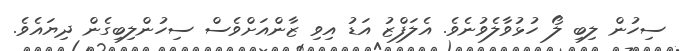
ސިހުން ލިބި ލޯ ހުޅުވާލެވުނެވެ. އެލަފްޒު އަޑު އިވި ޒާންއަށްވެސް ސިހުންލިބިގެން ދިޔައެވެ.